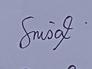
Signature authenticity: genuine